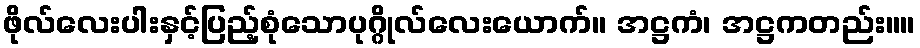
ဖိုလ်လေးပါးနှင့်ပြည့်စုံသောပုဂ္ဂိုလ်လေးယောက်။ အဋ္ဌကံ၊ အဋ္ဌကတည်း။။